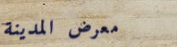
معرض المدينة